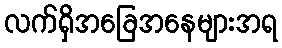
လက်ရှိအခြေအနေများအရ